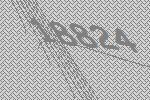
18824